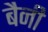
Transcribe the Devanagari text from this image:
बैनी